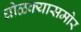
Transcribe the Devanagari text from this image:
घोळक्यासमोर